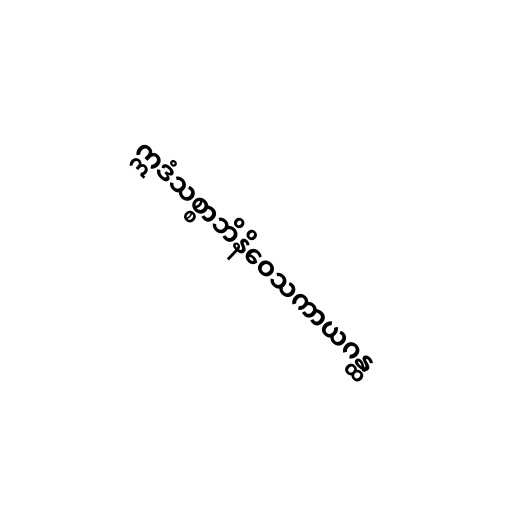
ဣဒံသစ္စာဘိနိဝေသကာယဂန္ထ